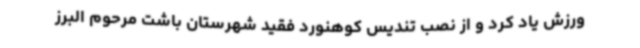
ورزش یاد کرد و از نصب تندیس کوهنورد فقید شهرستان باشت مرحوم البرز